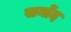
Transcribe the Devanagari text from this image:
सनोंद